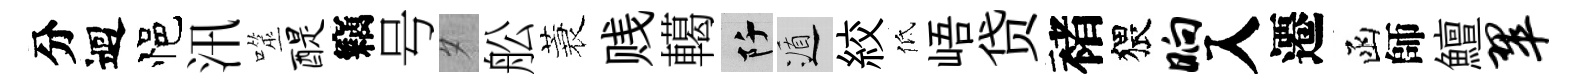
分迴悒汛噬醍竊号夕舩蓑贱轕阡遁絞低峿贷褚猥晌入遷函師鱣翠